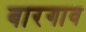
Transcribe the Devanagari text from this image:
बारगाव